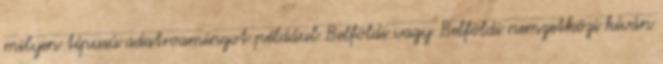
milyen típusú adatroamingot például Belföldi vagy Belföldi nemzetközi kíván